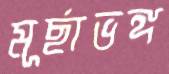
মূর্ছাভঙ্গ